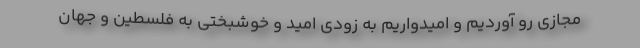
مجازی رو آوردیم و امیدواریم به زودی امید و خوشبختی به فلسطین و جهان